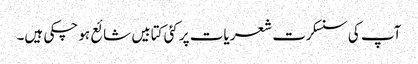
آپ کی سنسکرت شعریات پر کئی کتابیں شائع ہو چکی ہیں۔